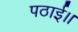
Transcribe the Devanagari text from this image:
पठाई।।